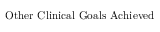
\mathrm { O t h e r ~ C l i n i c a l ~ G o a l s ~ A c h i e v e d }